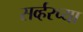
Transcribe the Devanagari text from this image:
सर्व्हरच्या